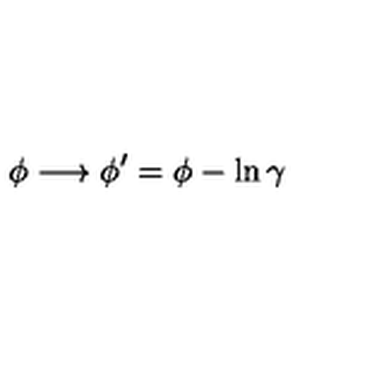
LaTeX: \phi \longrightarrow \phi ^ { \prime } = \phi - \ln { \gamma }